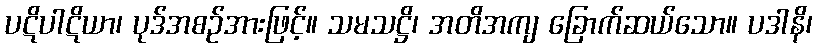
ပဋိပါဋိယာ၊ ပုဒ်အစဉ်အားဖြင့်။ သမသဋ္ဌိ၊ အတိအကျ ခြောက်ဆယ်သော။ ပဒါနိ၊